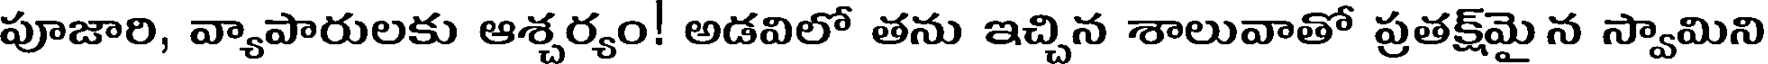
పూజారి, వ్యాపారులకు ఆశ్చర్యం! అడవిలో తను ఇచ్చిన శాలువాతో ప్రతక్ష్మై న స్వామిని